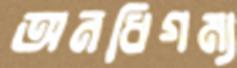
অনধিগম্য